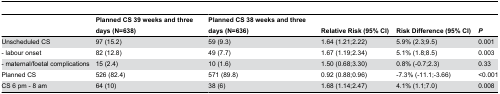
<table><thead><tr><td></td><td><b>Planned CS 39 weeks and three days (N=638)</b></td><td><b>Planned CS 38 weeks and three days (N=636)</b></td><td><b>Relative Risk (95% CI)</b></td><td><b>Risk Difference (95% CI)</b></td><td><b><i>P</i></b></td></tr></thead><tbody><tr><td>Unscheduled CS </td><td>97 (15.2)</td><td>59 (9.3)</td><td>1.64 (1.21;2.22)</td><td>5.9% (2.3;9.5)</td><td>0.001</td></tr><tr><td>- labour onset</td><td>82 (12.8)</td><td>49 (7.7)</td><td>1.67 (1.19;2.34)</td><td>5.1% (1.8;8.5)</td><td>0.003</td></tr><tr><td>- maternal/foetal complications </td><td>15 (2.4)</td><td>10 (1.6)</td><td>1.50 (0.68;3.30)</td><td>0.8% (-0.7;2.3)</td><td>0.33</td></tr><tr><td>Planned CS </td><td>526 (82.4)</td><td>571 (89.8)</td><td>0.92 (0.88;0.96)</td><td>-7.3% (-11.1;-3.66)</td><td>&lt;0.001</td></tr><tr><td>CS 6 pm - 8 am</td><td>64 (10)</td><td>38 (6)</td><td>1.68 (1.14;2.47)</td><td>4.1% (1.1;7.0)</td><td>0.008</td></tr></tbody></table>